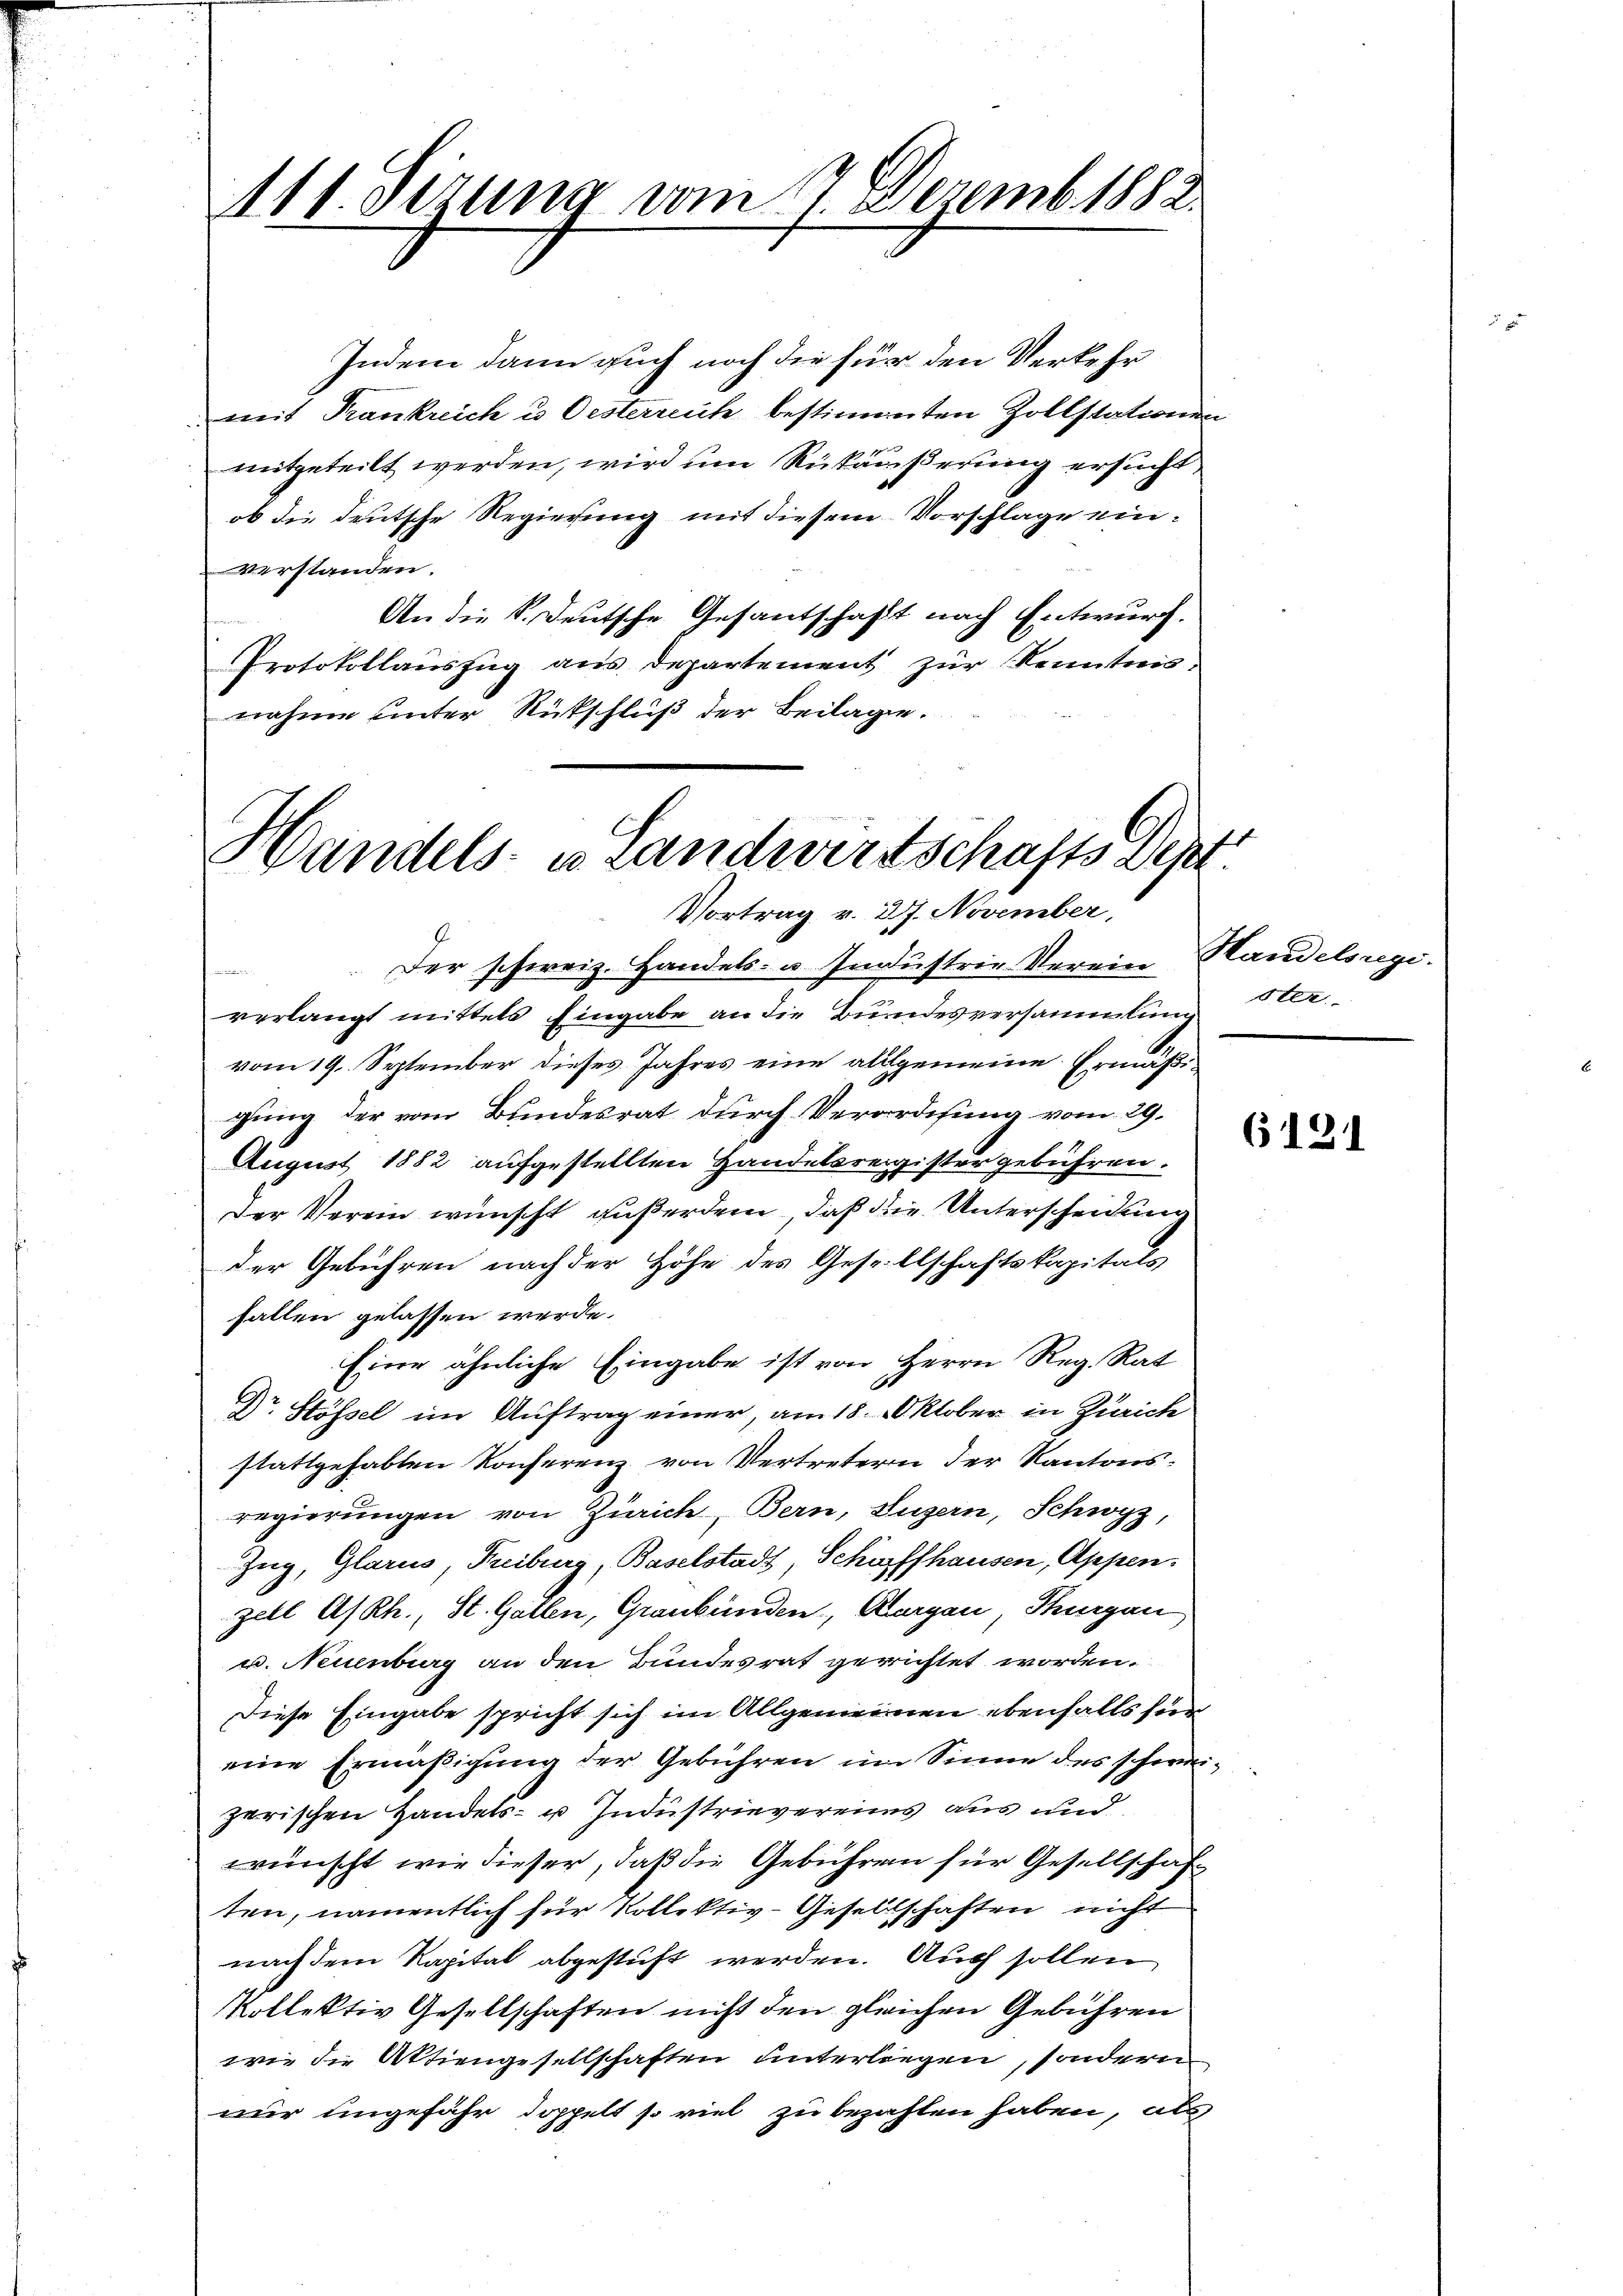
111. Jezung vom 7. Dezemb. 1882.

Handels- u Landwirtschafts Depes
Vortrag v. 27. November,

Indem dann auch noch die für den Verkehr
mit Frankreich u. Oesterreich bestimmten Zollstationen
mitgeteilt werden, wird um Rükäußerung ersucht
ob die deutsche Regierung mit diesem Vorschlage einverstanden.
An die K. Deutsche Gesantschaft nach Entwurf.

Protokollauszug aus Departement zur Kenntnisnahme unter Rückschluß der Beilage.

Der schweiz. Handels- u. Industrie Verein Handelsregi
e
verlangt mittels Eingabe an die Bundesversammlung
vom 19. September dieses Jahres eine allgemeine Ermäßigung der vom Bundesrat durch Verordesung vom 29.
August 1882 aufgestellten Handelsregister gebühren.
Der Verein wünscht gußerdem, daß die Unterscheidung
der Gebühren nach der Höhe des Gesellschaftskapitals
fallen gelassen werde.
Eine ähnliche Eingabe ist von Herrn Reg. Rat
Dr. Stössel im Auftrag einer, am 18. Oktober in Zürich
stattgehabten Konferenz von Vertreterin der Kantonsregierungen von Zürich, Bern, Luzern, Schwyz,
Zug, Glarus, Freiburg, Baselstadt, Schöpffhausen, Appen.
zell A/Rh., St. Gallen, Graubünden, Aargau, Thurgau
u. Neuenburg an den Bundesrat gerichtet worden.
Diese Eingabe spricht sich im Allgemeinden ebenfalls für
eine Ermäßigung der Gebühren im Sinne des schweizerischen Handels- u Industrievereins aus und
wünscht wie dieser, daß die Gebühren für Gesellschaf
ten, namentlich für Kollektiv-Gesellschaften nicht
nach dem Kapital abgestuft werden. Auch sollen
Kollektiv Gesellschaften nicht den gleichen Gebühren
wie die Aktiengesellschaften unterliegen, sondern
nur ungefähr doppelt so viel zu bezahlen haben, als

ster

(121